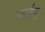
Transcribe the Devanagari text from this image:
काईजू